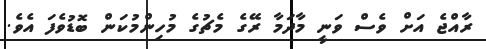
ރާއްޖެ އަށް ވެސް ވަނީ މާދަމާ ރޭގެ މެޗުގެ މުހިންމުކަން ބޮޑުވެފަ އެވެ.